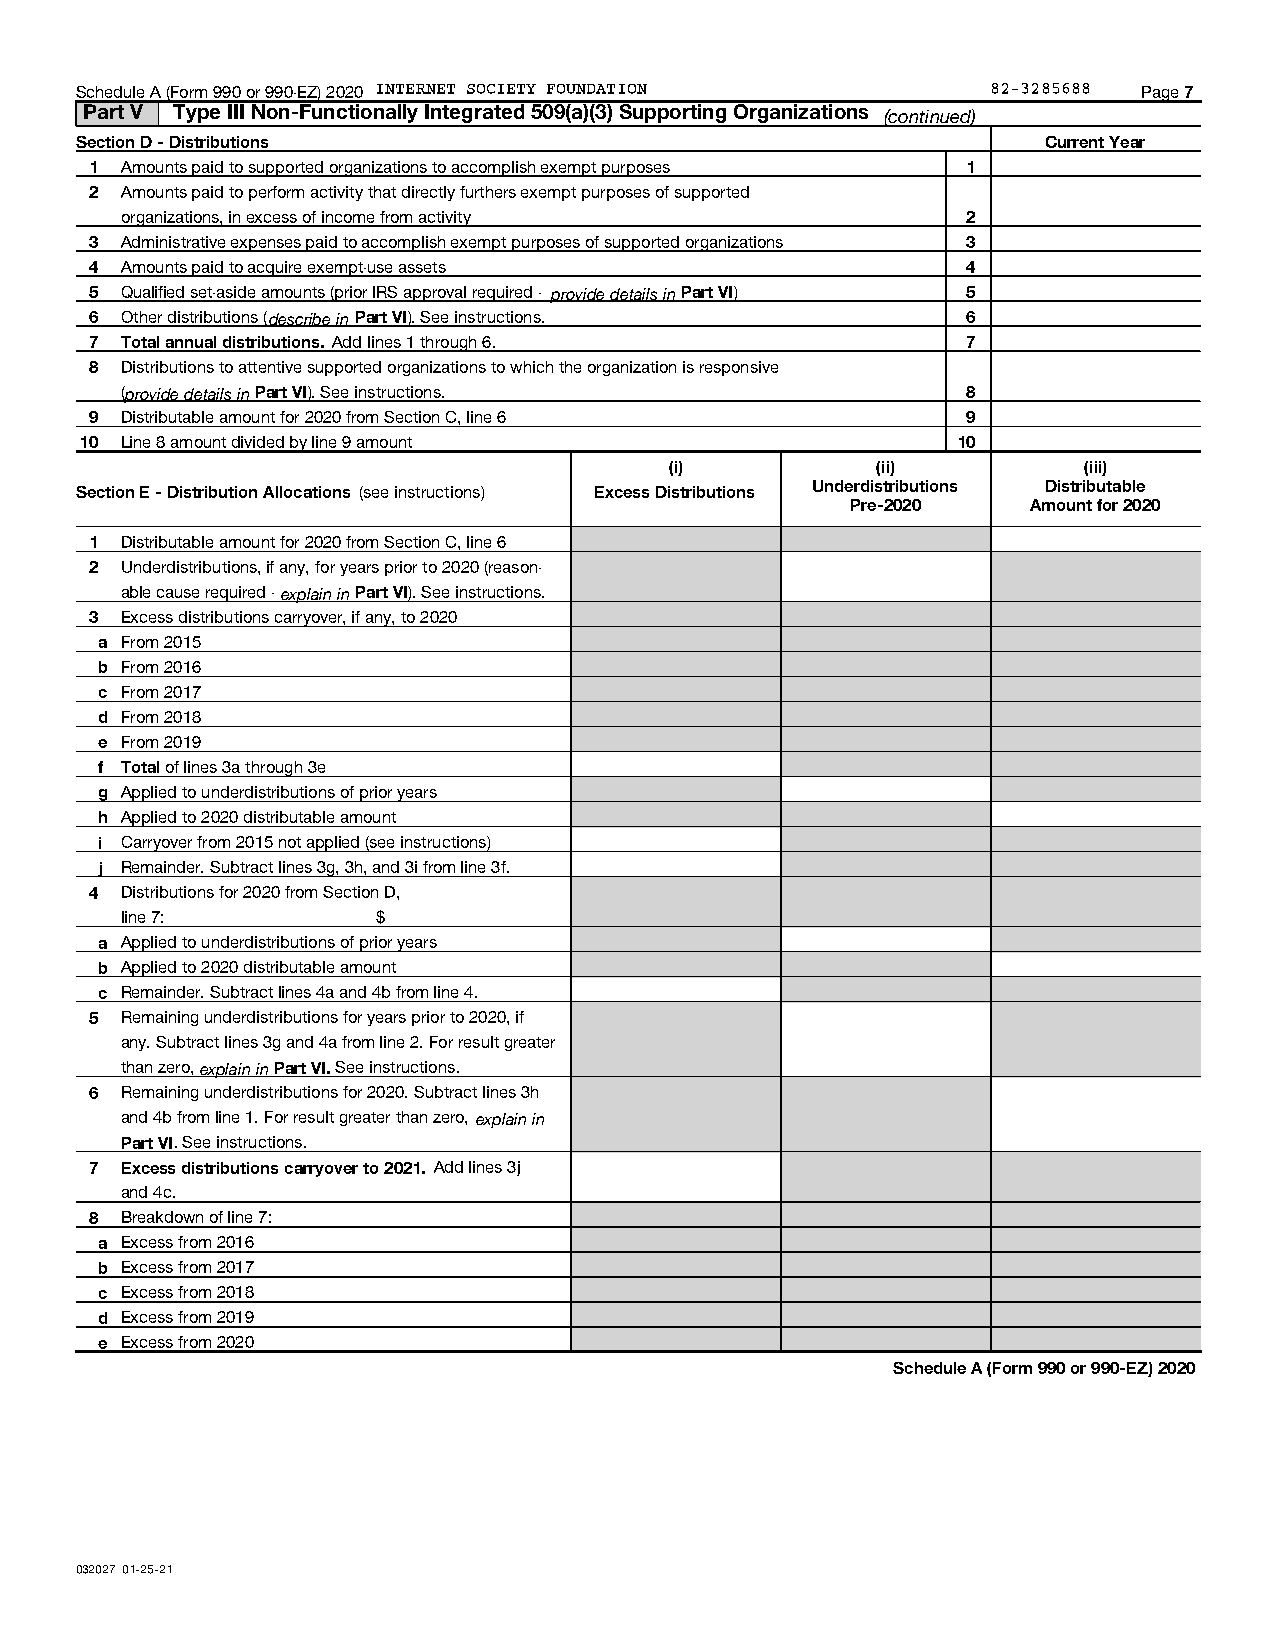
Schedule A (Form 990 or 990-EZ) 2020 INTERNET SOCIETY FOUNDATION 82-3285688 Page 7
 Part V Type III Non-Functionally Integrated 509(a)(3) Supporting Organizations (continued)
 Section D - Distributions                                       Current Year
 1 Amounts paid to supported organizations to accomplish exempt purposes 1
 2 Amounts paid to perform activity that directly furthers exempt purposes of supported
 organizations, in excess of income from activity        2
 3 Administrative expenses paid to accomplish exempt purposes of supported organizations 3
 4 Amounts paid to acquire exempt-use assets               4
 5 Qualified set-aside amounts (prior IRS approval required - provide details in Part VI) 5
 6 Other distributions (describe in Part VI). See instructions. 6
 7 Total annual distributions. Add lines 1 through 6.      7
 8 Distributions to attentive supported organizations to which the organization is responsive
 (provide details in Part VI). See instructions.         8
 9 Distributable amount for 2020 from Section C, line 6    9
 10 Line 8 amount divided by line 9 amount                 10
 (i)           (ii)          (iii)
 Section E - Distribution Allocations (see instructions) Excess Distributions Underdistributions Distributable
 Pre-2020    Amount for 2020
 1 Distributable amount for 2020 from Section C, line 6
 2 Underdistributions, if any, for years prior to 2020 (reason-
 able cause required - explain in Part VI). See instructions.
 3 Excess distributions carryover, if any, to 2020
 a From 2015
 b From 2016
 c From 2017
 d From 2018
 e From 2019
 f Total of lines 3a through 3e
 g Applied to underdistributions of prior years
 h Applied to 2020 distributable amount
 i Carryover from 2015 not applied (see instructions)
 j Remainder. Subtract lines 3g, 3h, and 3i from line 3f.
 4 Distributions for 2020 from Section D,
 line 7:          $
 a Applied to underdistributions of prior years
 b Applied to 2020 distributable amount
 c Remainder. Subtract lines 4a and 4b from line 4.
 5 Remaining underdistributions for years prior to 2020, if
 any. Subtract lines 3g and 4a from line 2. For result greater
 than zero, explain in Part VI. See instructions.
 6 Remaining underdistributions for 2020. Subtract lines 3h
 and 4b from line 1. For result greater than zero, explain in
 Part VI. See instructions.
 7 Excess distributions carryover to 2021. Add lines 3j
 and 4c.
 8 Breakdown of line 7:
 a Excess from 2016
 b Excess from 2017
 c Excess from 2018
 d Excess from 2019
 e Excess from 2020
 Schedule A (Form 990 or 990-EZ) 2020
 032027 01-25-21